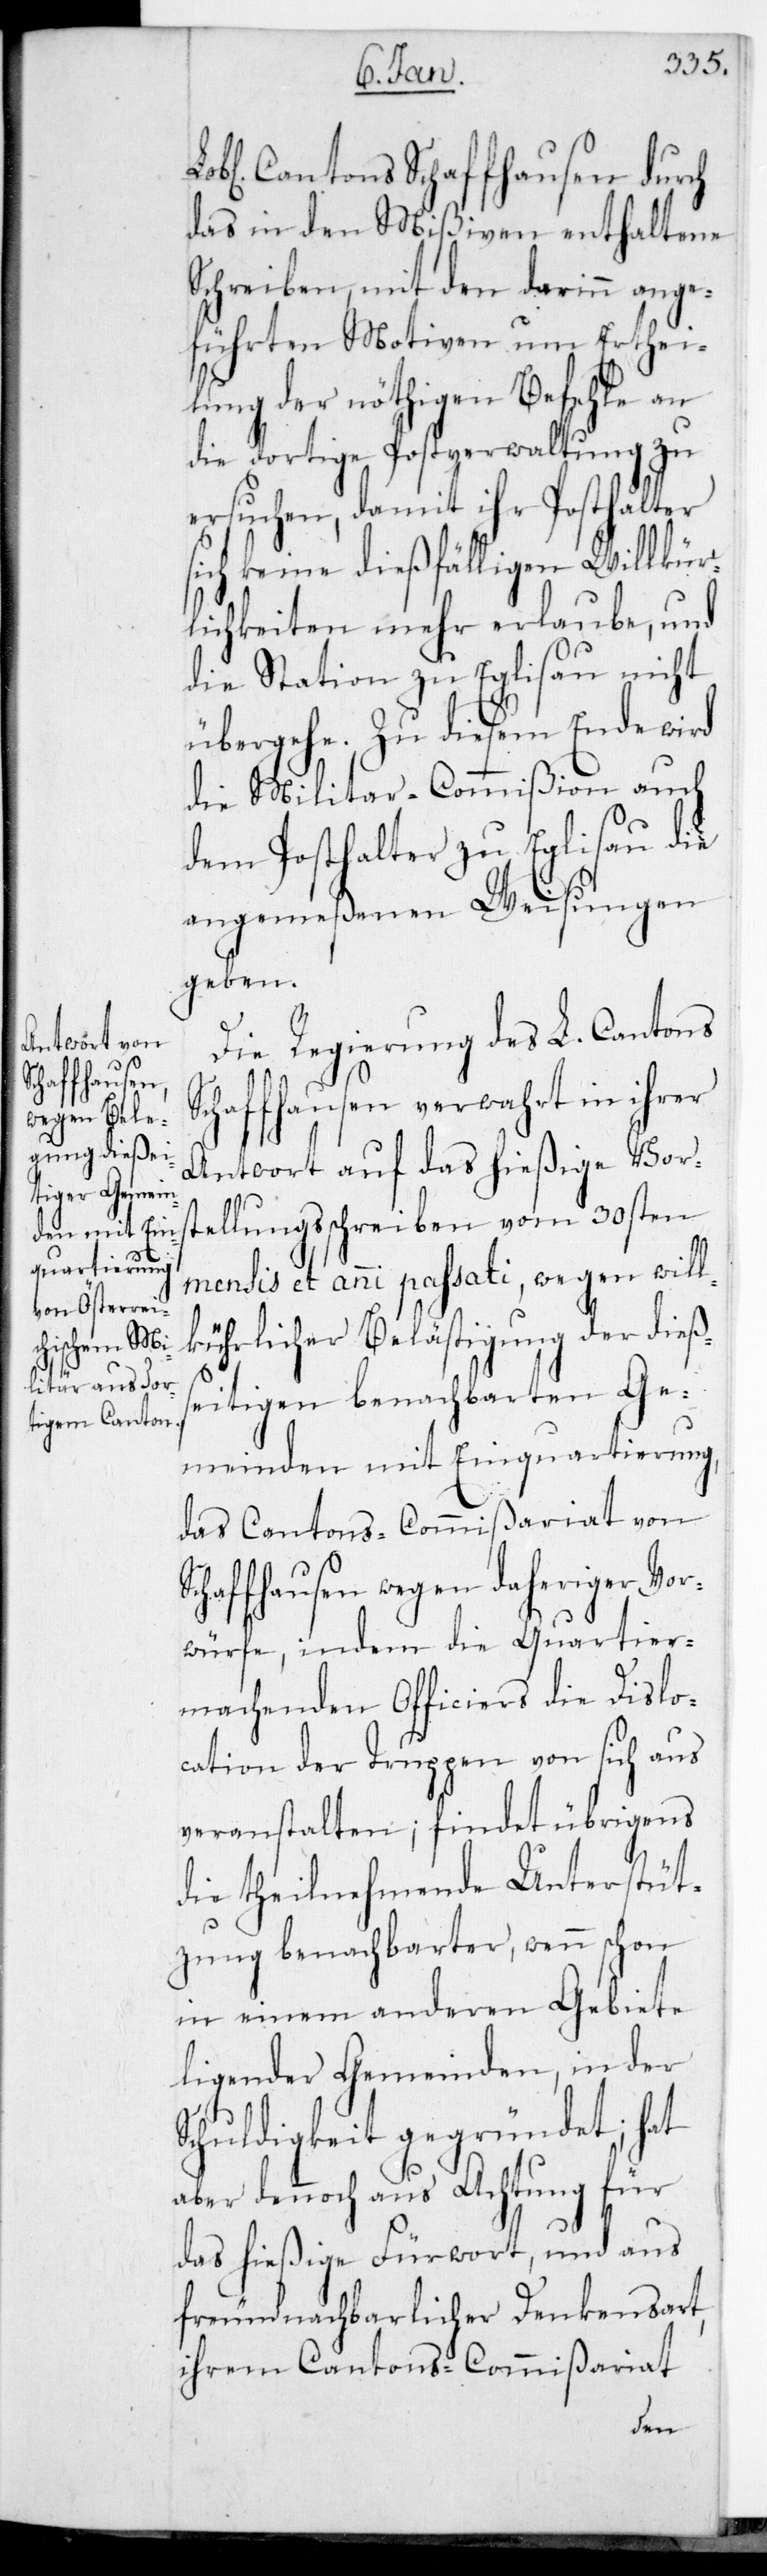
Lobl. Cantons Schaffhausen durch
das in den Mißiven enthaltene
Schreiben, mit den darin ange¬
führten Motiven um Erthei¬
lung der nöthigen Befehle an
die dortige Postverwaltung zu
ersuchen, damit ihr Posthalter
sich keine dießfälligen Willkühr¬
lichkeiten mehr erlaube, und
die Station zu Eglisau nicht
übergehe. Zu diesem Ende wird
die Militaircommißion auch
dem Posthalter zu Eglisau die
angemeßenen Weisungen
geben.
S¬
Die Regierung des L. Cantons
Schaffhausen verwahrt in ihrer
Antwort auf das hießige Vors¬
tellungsschreiben vom 30sten
mensis et anni passati, wegen will¬
kührlicher Belästigung der dieß¬
eitigen benachbarten Ge¬
meinden mit Einquartierung,
das Cantons-Commißariat von
chaffhausen wegen daheriger Vor¬
würfe, indem die Quartier¬
machenden Officiers die Dislo¬
cation der Truppen von sich aus
veranstalten; findet übrigens
die theilnehmende Unterstüt¬
zung benachbarter, wenn schon
in einem anderen Gebiete
liegender Gemeinden, in der
Schuldigkeit gegründet; hat
aber dennoch aus Achtung für
das hießige Fürwort und aus
freundnachbarlicher Denkensart,
ihrem Cantons-Commißariat